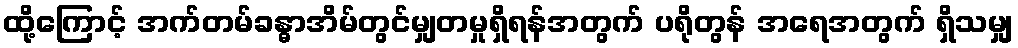
ထို့ကြောင့် အက်တမ်ခန္ဓာအိမ်တွင်မျှတမှုရှိရန်အတွက် ပရိုတွန် အရေအတွက် ရှိသမျှ